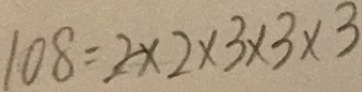
1 0 8 = 2 \times 2 \times 3 \times 3 \times 3